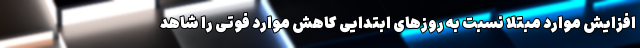
افزایش موارد مبتلا نسبت به روزهای ابتدایی کاهش موارد فوتی را شاهد